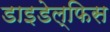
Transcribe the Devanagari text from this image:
डाइडेल्फिस